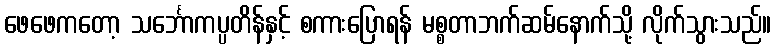
ဖေဖေကတော့ သင်္ဘောကပ္ပတိန်နှင့် စကားပြောရန် မစ္စတာဘက်ဆမ်နောက်သို့ လိုက်သွားသည်။